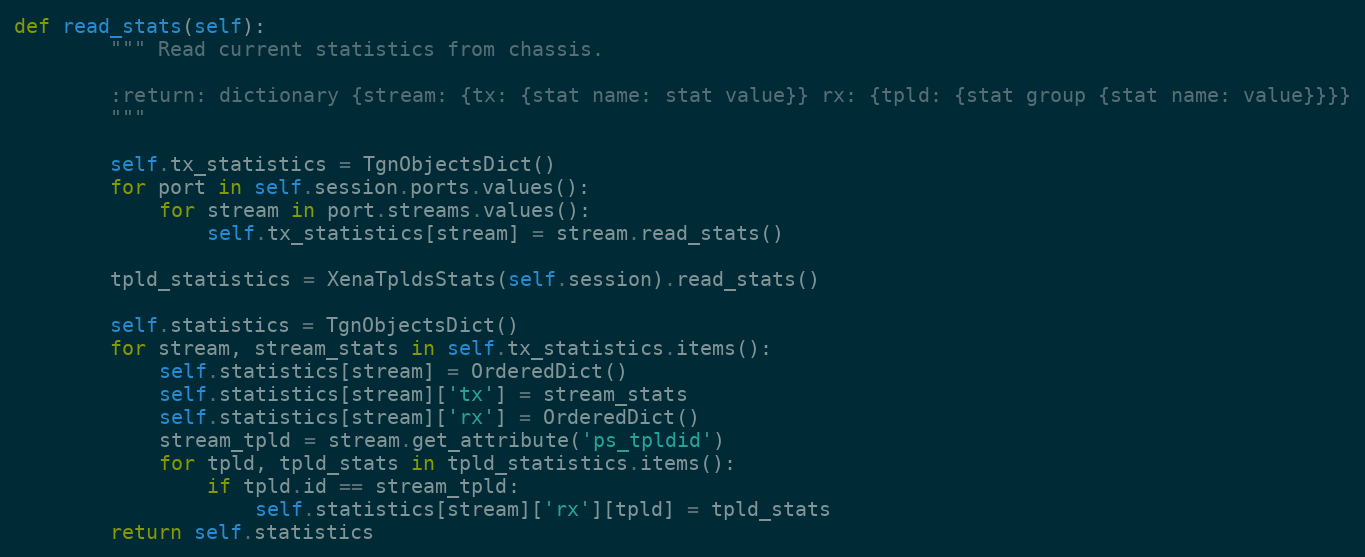
Language: Python
def read_stats(self):
        """ Read current statistics from chassis.

        :return: dictionary {stream: {tx: {stat name: stat value}} rx: {tpld: {stat group {stat name: value}}}}
        """

        self.tx_statistics = TgnObjectsDict()
        for port in self.session.ports.values():
            for stream in port.streams.values():
                self.tx_statistics[stream] = stream.read_stats()

        tpld_statistics = XenaTpldsStats(self.session).read_stats()

        self.statistics = TgnObjectsDict()
        for stream, stream_stats in self.tx_statistics.items():
            self.statistics[stream] = OrderedDict()
            self.statistics[stream]['tx'] = stream_stats
            self.statistics[stream]['rx'] = OrderedDict()
            stream_tpld = stream.get_attribute('ps_tpldid')
            for tpld, tpld_stats in tpld_statistics.items():
                if tpld.id == stream_tpld:
                    self.statistics[stream]['rx'][tpld] = tpld_stats
        return self.statistics